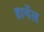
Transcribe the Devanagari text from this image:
हार्नेल